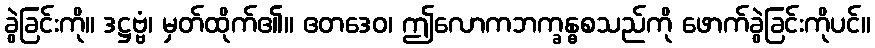
ခွဲခြင်းကို။ ဒဋ္ဌဗ္ဗံ၊ မှတ်ထိုက်၏။ ဧတဒေဝ၊ ဤလောကဘက္ခန္ဓစသည်ကို ဖောက်ခွဲခြင်းကိုပင်။